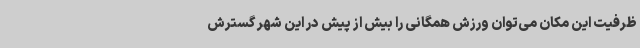
ظرفیت این مکان می‌توان ورزش همگانی را بیش از پیش در این شهر گسترش